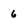
Character: 6